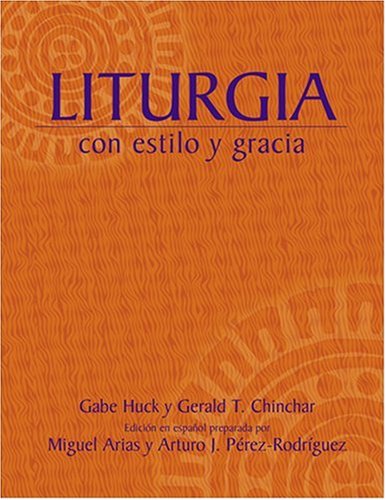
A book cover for Liturgia con estilo y gracia (Spanish Edition); Gabe Huck; Christian Books & Bibles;